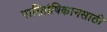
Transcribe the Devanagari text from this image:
पारितोषिकानसाठी